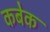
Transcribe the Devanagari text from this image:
कबेक